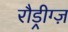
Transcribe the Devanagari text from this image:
रौड्रीग्ज़